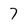
Character: 7